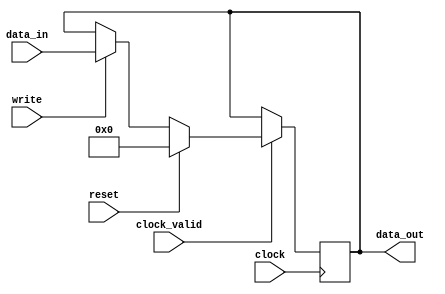
/*
 * Copyright (c) 2006, Peter M. Chen.  All rights reserved.  This software is
 * supplied as is without expressed or implied warranties of any kind.
 */
module register(
    input wire clock,
    input wire clock_valid,
    input wire reset,
    input wire write,
    input wire [31:0] data_in,
    output reg [31:0] data_out);

    always @(posedge clock) begin
        if (clock_valid == 1'b0) begin
        end else if (reset == 1'b1) begin
            data_out <= 32'h0;
        end else if (write == 1'b1) begin
            data_out <= data_in;
        end
    end

endmodule